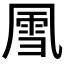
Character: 𪞵